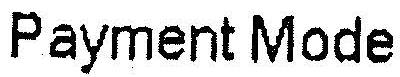
PAYMENT MODE